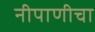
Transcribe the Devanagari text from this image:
नीपाणीचा